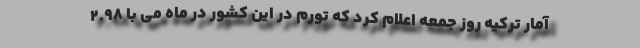
آمار ترکیه روز جمعه اعلام کرد که تورم در این کشور در ماه می با 2.98